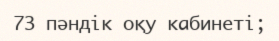
73 пәндік оқу кабинеті;